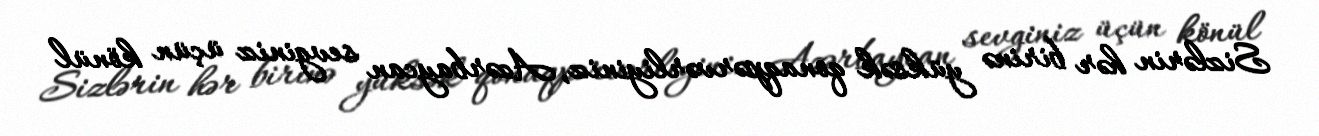
Sizlərin hər birinə yüksək qonaqpərvərliyiniz, Azərbaycan sevginiz üçün könül